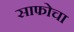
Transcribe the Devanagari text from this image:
साफोचा